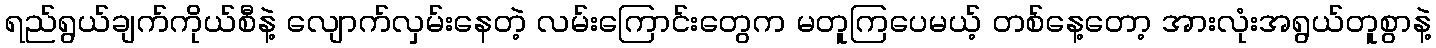
ရည်ရွယ်ချက်ကိုယ်စီနဲ့ လျောက်လှမ်းနေတဲ့ လမ်းကြောင်းတွေက မတူကြပေမယ့် တစ်နေ့တော့ အားလုံးအရွယ်တူစွာနဲ့